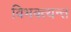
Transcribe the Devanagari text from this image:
विभक्त्यन्त